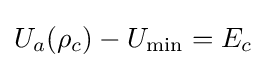
U_{a}(\rho _{c})-U_{\rm {min}}=E_{c}